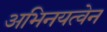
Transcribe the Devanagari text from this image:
अभिनयत्वेन